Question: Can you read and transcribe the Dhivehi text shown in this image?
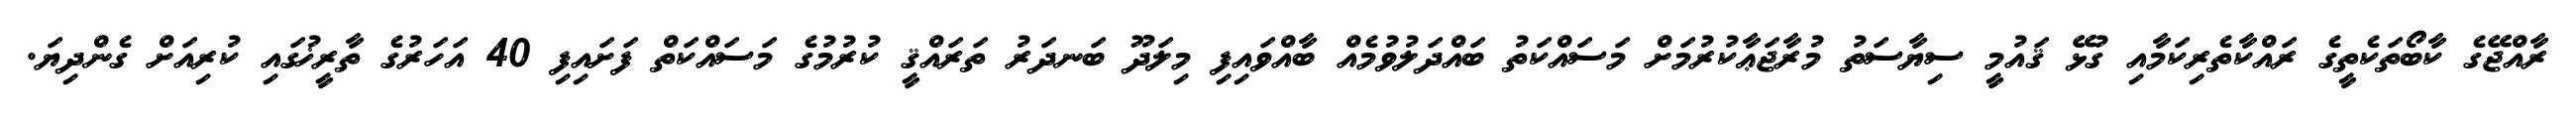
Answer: ރާއްޖޭގެ ކާބޯތަކެތީގެ ރައްކާތެރިކަމާއި ގުޅޭ ޤައުމީ ސިޔާސަތު މުރާޖަޢާކުރުމަށް މަސައްކަތު ބައްދަލުވުމެއް ބާއްވައިފި މިލަދޫ ބަނދަރު ތަރައްޤީ ކުރުމުގެ މަސައްކަތް ފަށައިފި 40 އަހަރުގެ ތާރީޚުގައި ކުރިއަށް ގެންދިޔަ.